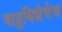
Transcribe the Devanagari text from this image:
यातुविद्येचेच